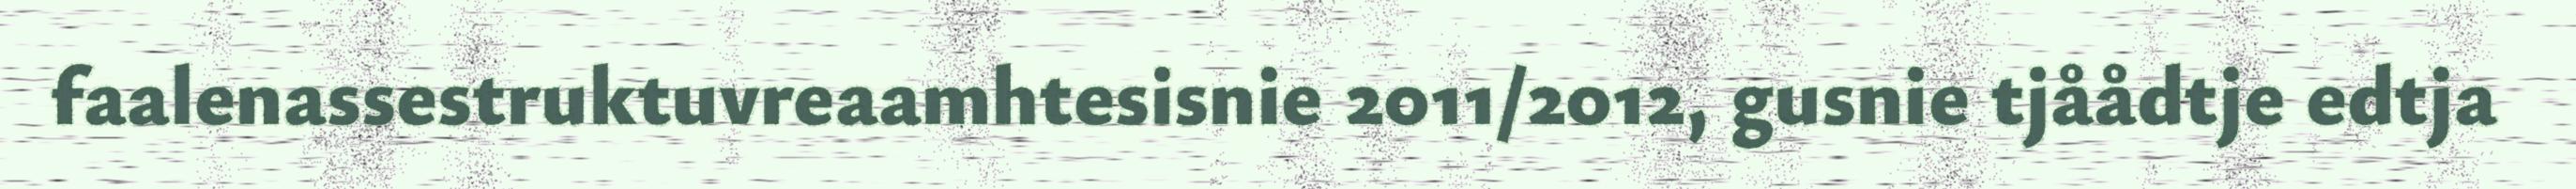
faalenassestruktuvreaamhtesisnie 2011/2012, gusnie tjåådtje edtja